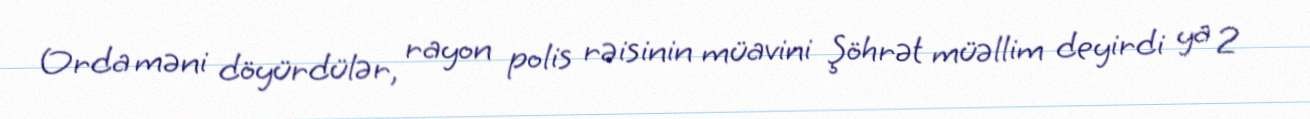
Orda məni döyürdülər, rayon polis rəisinin müavini Şöhrət müəllim deyirdi ya 2